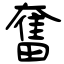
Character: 奮